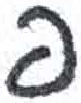
אות: פ